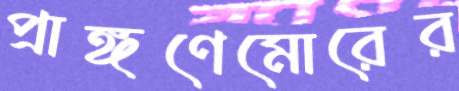
প্রাঙ্গণেমোরের